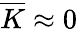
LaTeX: \overline{{K}}\approx 0